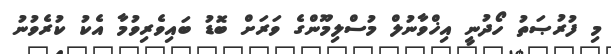
މި ފުރުޞަތު ހޯދުނީ އިޚްވާނުލް މުސްލިމޫންގެ ވަރަށް ބޮޑު ބައިވެރިވުމާ އެކު ކުރެވުނު